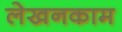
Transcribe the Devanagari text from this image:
लेखनकाम